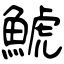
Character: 鯱